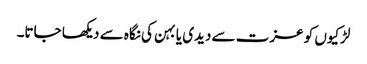
لڑکیوں کو عزت سے دیدی یا بہن کی نگاہ سے دیکھا جاتا۔